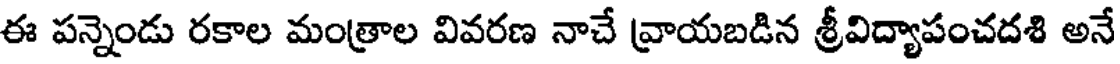
ఈ పన్నెండు రకాల మంత్రాల వివరణ నాచే వ్రాయబడిన శ్రీవిద్యాపంచదశి అనే